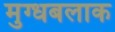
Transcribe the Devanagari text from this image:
मुग्धबलाक